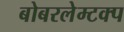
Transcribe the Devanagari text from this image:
बोबरलेम्टक्प